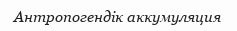
Антропогендік аккумуляция